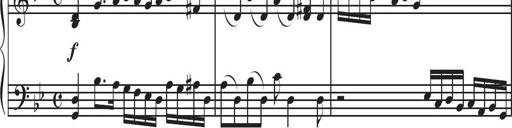
Title: Sonatina Espania
Composer: Jerald Franklin Archer
Key: Various